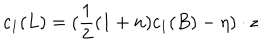
c _ { 1 } ( L ) = ( \frac { 1 } { 2 } ( 1 + n ) c _ { 1 } ( B ) - \eta ) \cdot z